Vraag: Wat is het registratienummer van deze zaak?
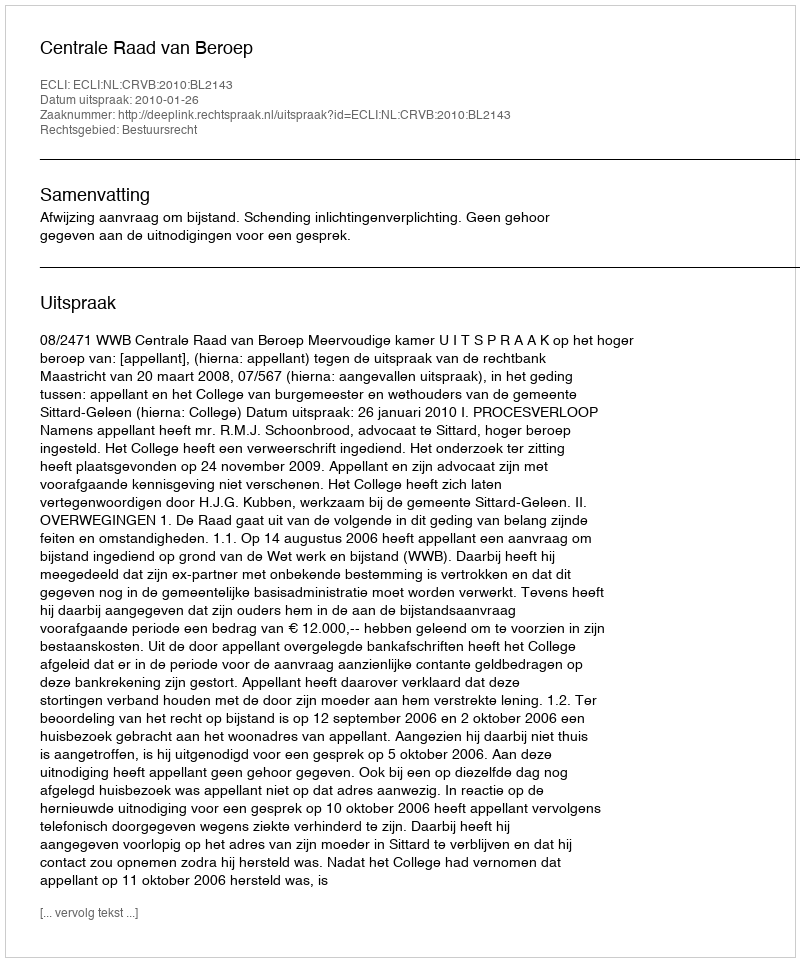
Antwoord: http://deeplink.rechtspraak.nl/uitspraak?id=ECLI:NL:CRVB:2010:BL2143